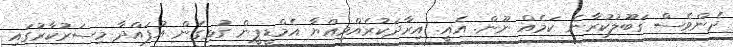
ދެންވެސް ގަބޫލުކުރާނެ ކަމެއް ނޫން. އެއީ. އިރާދަކުރެއްވިއްޔާ އެމްޑީޕީން ގުޅިގެން އުފައްދާ މިސަރުކާރުގައި